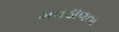
ગવડાવતા